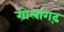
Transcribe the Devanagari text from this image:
गोलागढ़